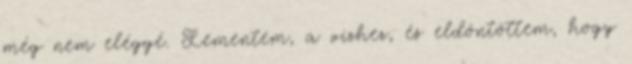
még nem eléggé. Lementem, a vízhez, és eldöntöttem, hogy